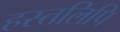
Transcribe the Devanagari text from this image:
हस्‍तलिपि